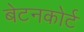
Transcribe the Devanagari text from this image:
बेटनकोर्ट